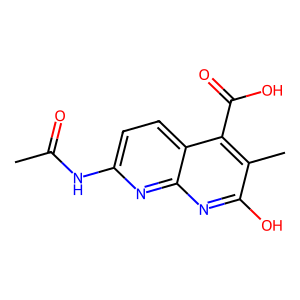
SMILES: CC(=O)Nc1ccc2c(C(=O)O)c(C)c(O)nc2n1
Inhibits HIV replication: No